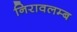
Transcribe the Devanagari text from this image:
निरावलम्ब